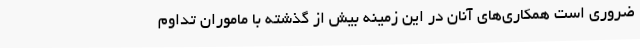
ضروری است همکاری‌های آنان در این زمینه بیش از گذشته با ماموران تداوم